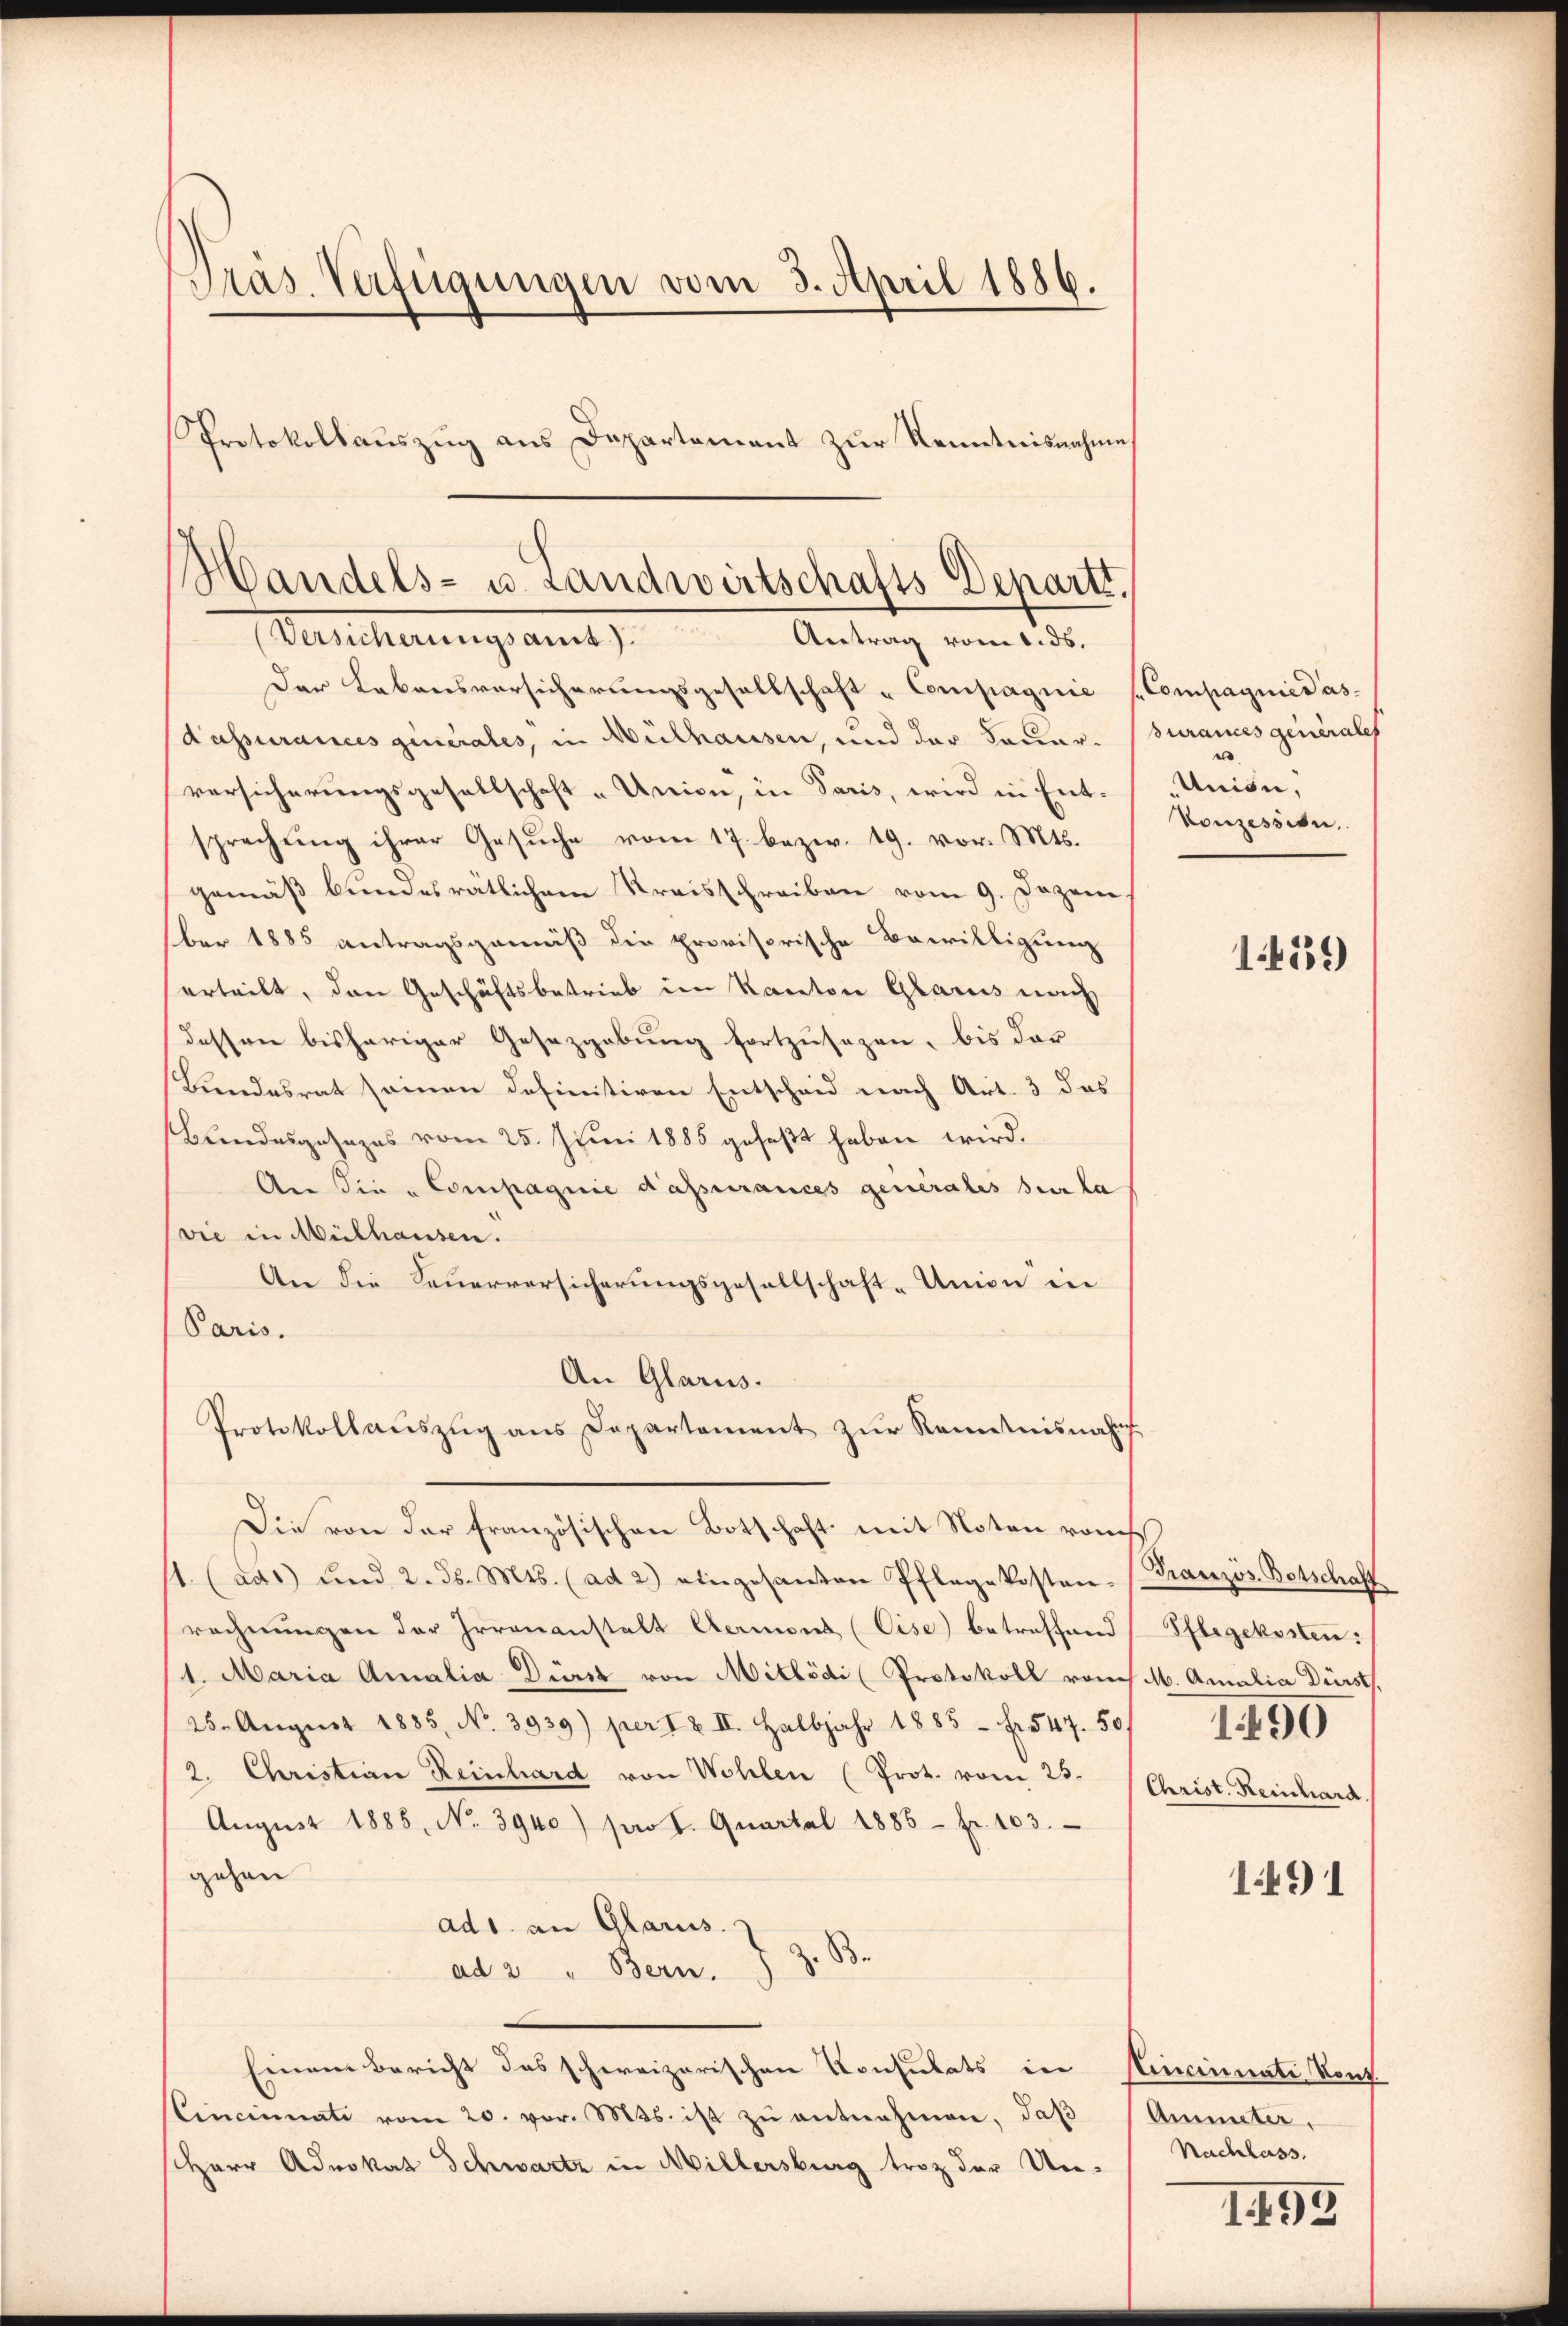
Präs. Verfügungen vom 3. April 1886.

Handels- u. Landwirtschafts Departs.
Versicherungsamt). Antrag vom 1. ds.

Protokollaŭszŭg ans Departement zur Kenntnisnahme

Der Labonsvorsicherungsgesellschaft - Compagnie (Compagnie das-
d’assurances generales, in Mülhausen, und der Bauer-Surames generales
versicherungsgesellschaft „Union, in Paris, wird in Entsprechung ihrer Gesuche vom 17. bezw. 19. vor. Mts.
gemäß bundesrätlichem Kreisschreiben vom 9. Dezem
ber 1885 antragsgemäß die provisorische Bewilligung
erteilt, den Geschäftsbetrieb im Kanton Glarus nach
dessen bisheriger Gesezgebung fortzusezen, bis der
Bundesrat seinen definitiven Entscheid nach Art. 3 das
Bundesgesezes vom 25. Juni 1885 gefaßt haben wird.
An die „Compagnie dassurances generales sein la
(wie in Mülhausen.
An die Feuerversicherungsgesellschaft-Union in
Paris.
An Glarus.
Protokollaŭszŭg ans Departement zŭr Kenntnisnahm
Die von der französischen Botschaft mit Noten von
11. (aus) und 2. d. Mts. (ad 2) eingesanten Pflegekosten-
rechnŭngen der Irrenanstalt Aermons (Cise) betreffend Pflegekosten:
1. Maria Amalia Dürst von Mitlödi (Protokoll von M. Amalia Dürst,
25. August 1885, No. 3939) per I & II. Halbjahr 1885 - Fr. 547. 50
2. Christian Reinhard von Wohlen (Prot. vom 25.
August 1885, No. 3940) pro 1. Quartal 1885 - Fr. 103.
gehen
ad1. an Glarus.
ad 2 " Bern. J. Z. B.
Einem Bericht das schweizerischen Konsulats in Cincinate Kont
CCincinati vom 20. vor. Mts. ist zŭ entnehmen, daß
Herr Advokat Schwartz in Millersburg trotz der Un¬

Union,
Konzession.

1459)

Französ. Botschaft
1490
Christ. Reinhard.

1491

Amieter,
Nachlass

1.195